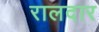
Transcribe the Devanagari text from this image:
रालदार